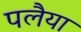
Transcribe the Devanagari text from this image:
पलैया